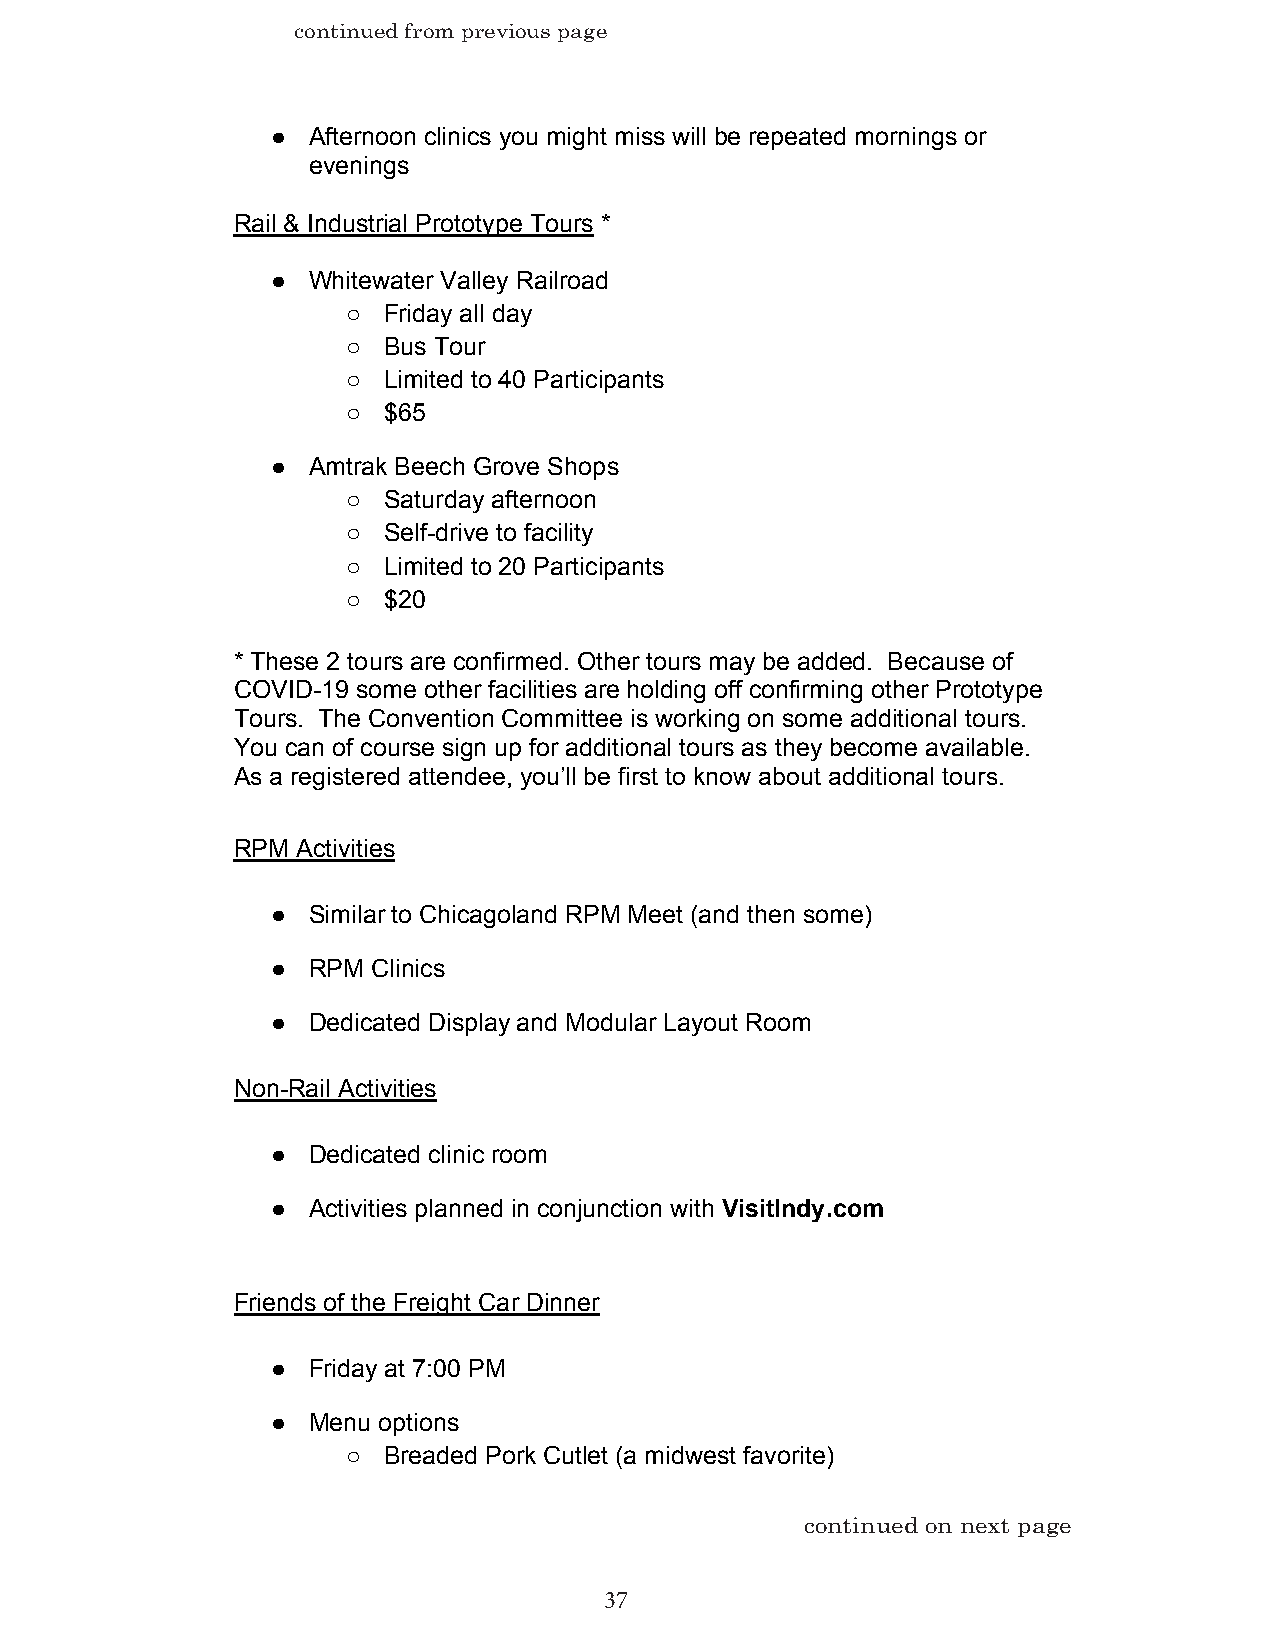
continued from previous page
 ● Afternoon clinics you might miss will be repeated mornings or
 evenings
 Rail & Industrial Prototype Tours *
 ● Whitewater Valley Railroad
 ○ Friday all day
 ○ Bus Tour
 ○ Limited to 40 Participants
 ○ $65
 ● Amtrak Beech Grove Shops
 ○ Saturday afternoon
 ○ Self-drive to facility
 ○ Limited to 20 Participants
 ○ $20
 * These 2 tours are confirmed. Other tours may be added. Because of
 COVID-19 some other facilities are holding off confirming other Prototype
 Tours. The Convention Committee is working on some additional tours.
 You can of course sign up for additional tours as they become available.
 As a registered attendee, you’ll be first to know about additional tours.
 RPM  Activities
 ● Similar to Chicagoland RPM Meet (and then some)
 ● RPM  Clinics
 ● Dedicated Display and Modular Layout Room
 Non-Rail Activities
 ● Dedicated clinic room
 ● Activities planned in conjunction with VisitIndy.com
 Friends of the Freight Car Dinner
 ● Friday at 7:00 PM
 ● Menu options
 ○ Breaded Pork Cutlet (a midwest favorite)
 continued on next page
 37